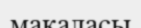
макаласы